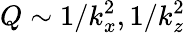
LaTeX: Q\sim 1/k_{x}^{2},1/k_{z}^{2}